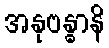
အနုဗန္ဓာနိ